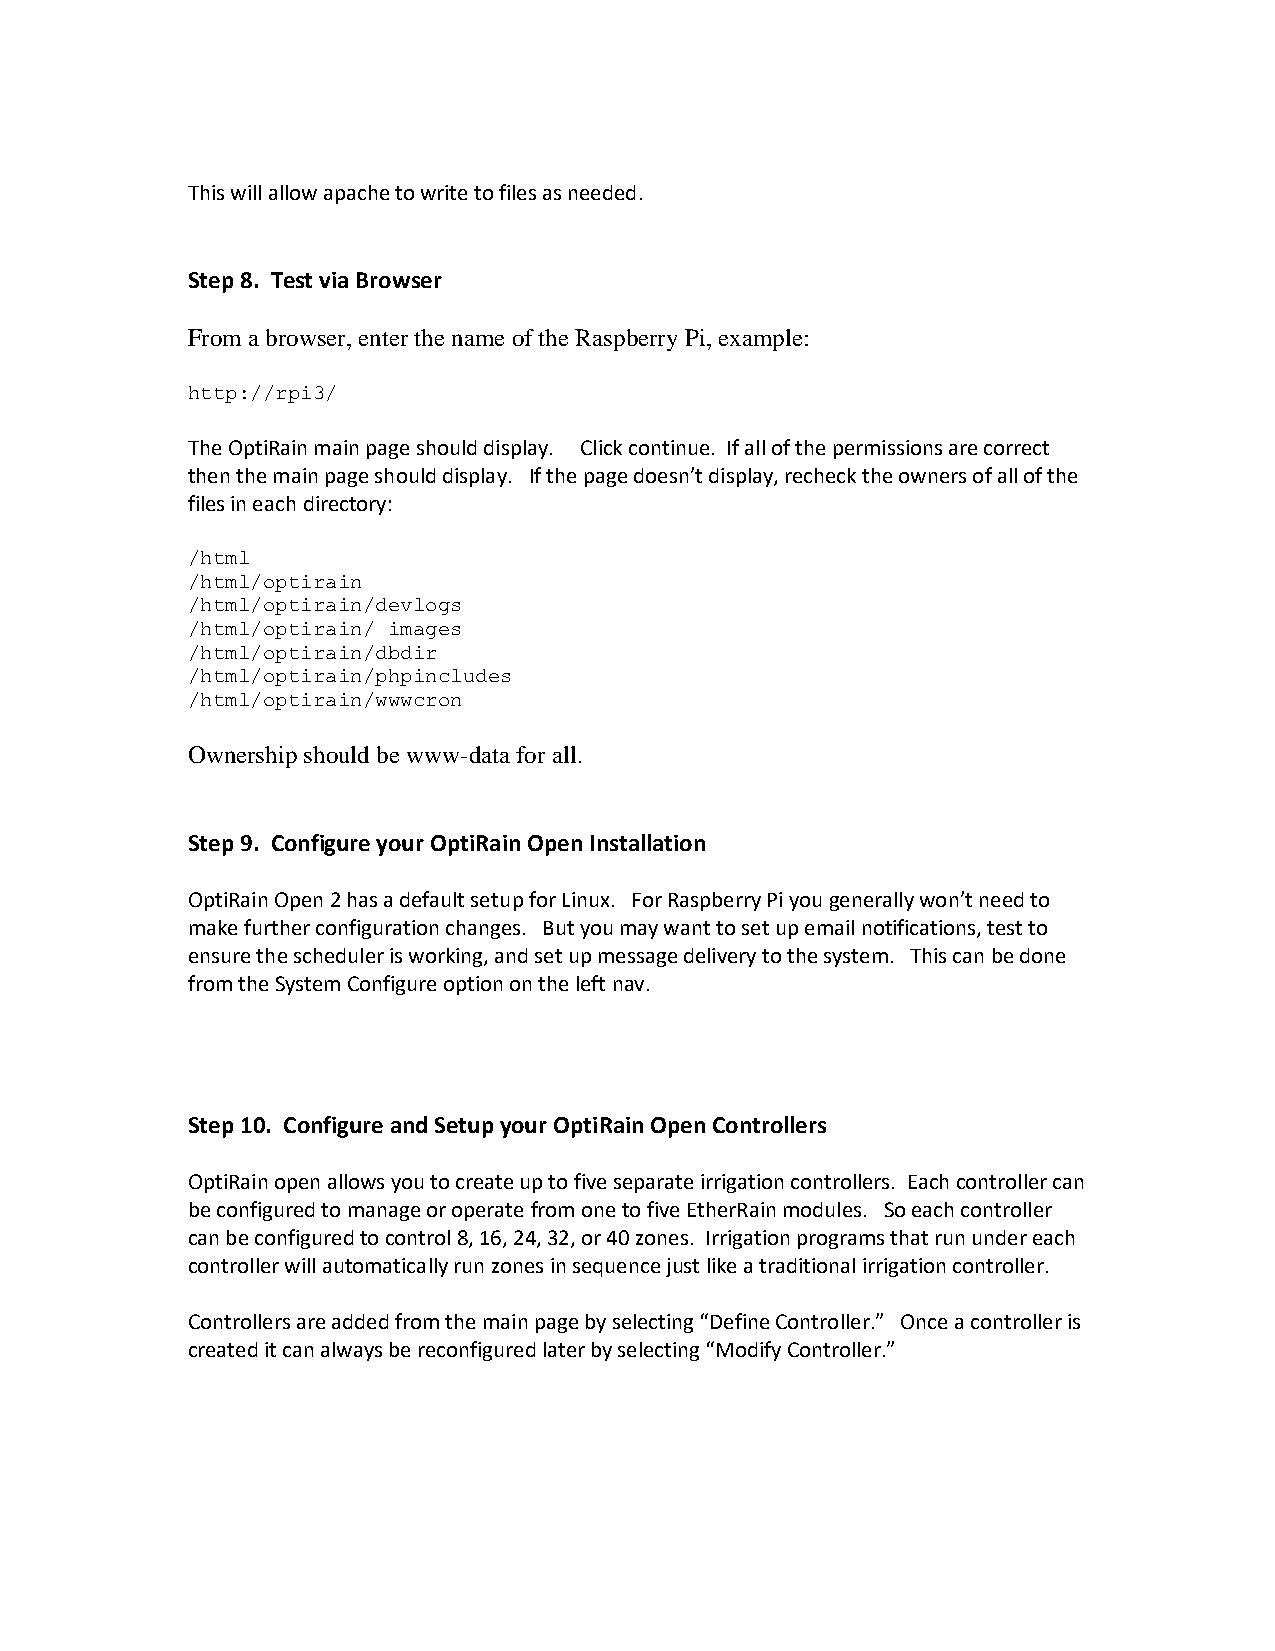
This will allow apache to write to files as needed.
 Step 8. Test via Browser
 From a browser, enter the name of the Raspberry Pi, example:
 http://rpi3/
 The OptiRain main page should display. Click continue. If all of the permissions are correct
 then the main page should display. If the page doesn’t display, recheck the owners of all of the
 files in each directory:
 /html
 /html/optirain
 /html/optirain/devlogs
 /html/optirain/ images
 /html/optirain/dbdir
 /html/optirain/phpincludes
 /html/optirain/wwwcron
 Ownership should be www-data for all.
 Step 9. Configure your OptiRain Open Installation
 OptiRain Open 2 has a default setup for Linux. For Raspberry Pi you generally won’t need to
 make further configuration changes. But you may want to set up email notifications, test to
 ensure the scheduler is working, and set up message delivery to the system. This can be done
 from the System Configure option on the left nav.
 Step 10. Configure and Setup your OptiRain Open Controllers
 OptiRain open allows you to create up to five separate irrigation controllers. Each controller can
 be configured to manage or operate from one to five EtherRain modules. So each controller
 can be configured to control 8, 16, 24, 32, or 40 zones. Irrigation programs that run under each
 controller will automatically run zones in sequence just like a traditional irrigation controller.
 Controllers are added from the main page by selecting “Define Controller.” Once a controller is
 created it can always be reconfigured later by selecting “Modify Controller.”